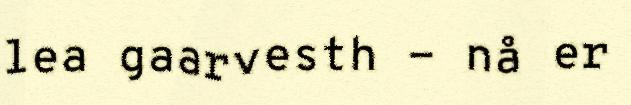
lea gaarvesth - nå er